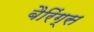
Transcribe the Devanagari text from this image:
बैरिंग्स